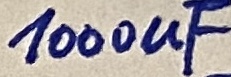
Text: 1000uF